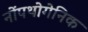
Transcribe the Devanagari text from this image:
नोंपथोगेनिक